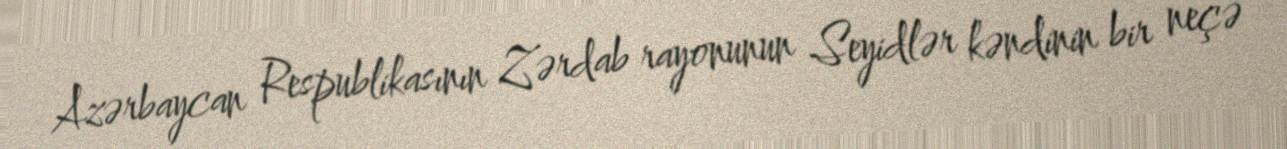
Azərbaycan Respublikasının Zərdab rayonunun Seyidlər kəndinin bir neçə